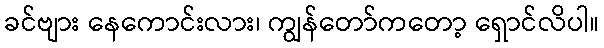
ခင်ဗျား နေကောင်းလား၊ ကျွန်တော်ကတော့ ရှောင်လိပါ။